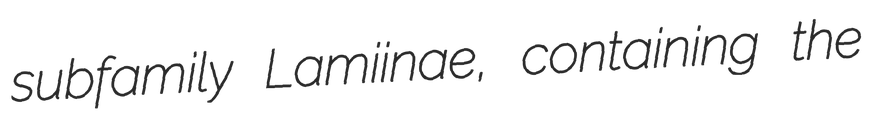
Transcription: subfamily Lamiinae, containing the